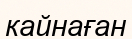
кайнаған